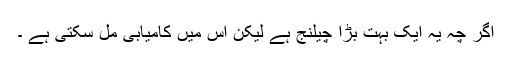
اگر چہ یہ ایک بہت بڑا چیلنج ہے لیکن اس میں کامیابی مل سکتی ہے ۔